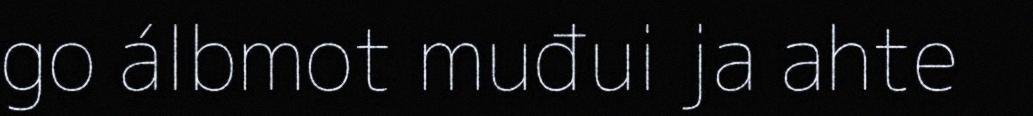
go álbmot muđui ja ahte